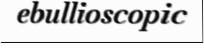
ebullioscopic